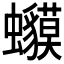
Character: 𧕥